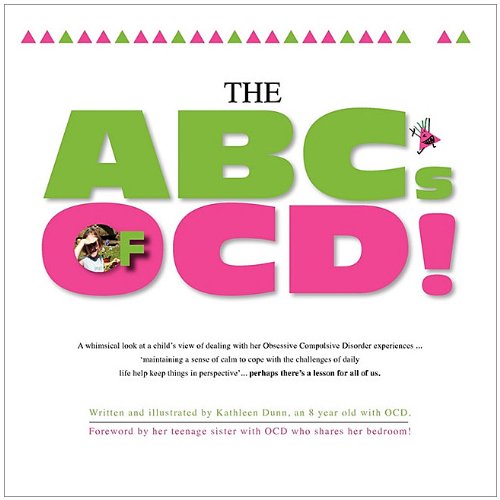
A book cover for The ABC's of OCD!; Kathleen Dunn; Health, Fitness & Dieting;